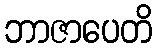
ဘာဇာပေတိ